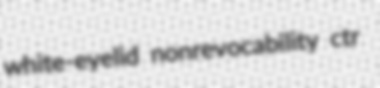
white-eyelid nonrevocability ctr